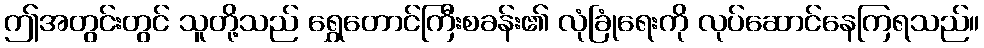
ဤအတွင်းတွင် သူတို့သည် ရွှေတောင်ကြီးစခန်း၏ လုံခြုံရေးကို လုပ်ဆောင်နေကြရသည်။